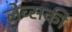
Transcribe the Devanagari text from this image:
लेव्‍सकी